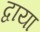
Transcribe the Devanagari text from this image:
द्वाया